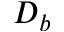
D _ { b }